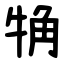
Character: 觕